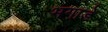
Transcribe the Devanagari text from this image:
भगाडे